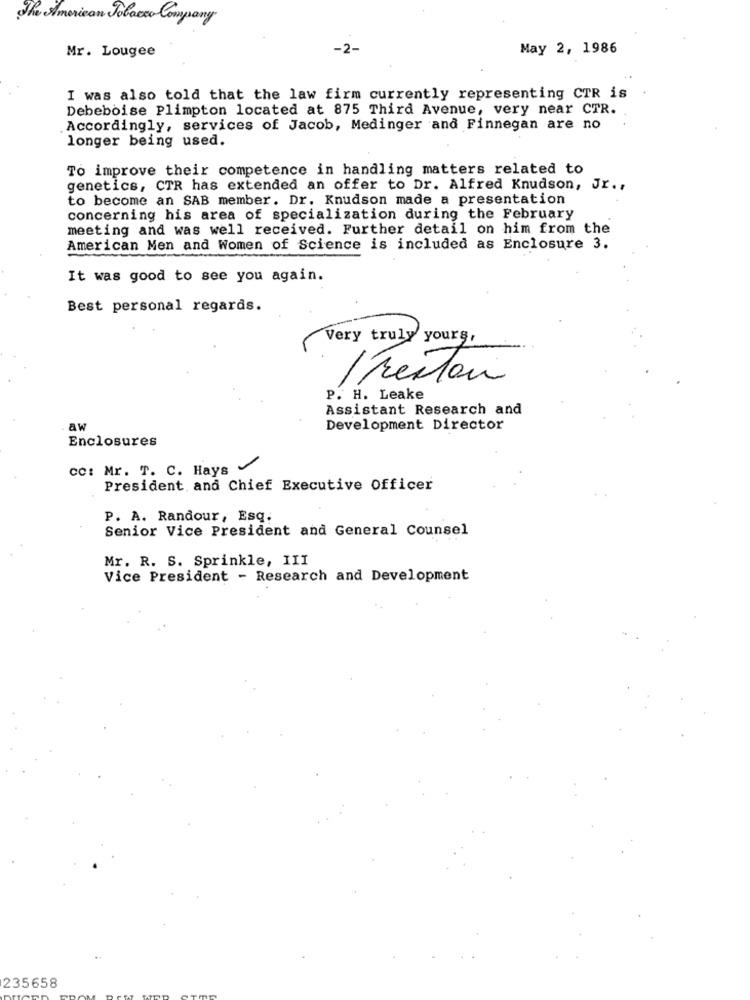
The American Tobacco Company
Mr. Lougee
-2-
May 2, 1986
I was also told that the law firm currently representing CTR is
Debeboise Plimpton located at 875 Third Avenue, very near CTR.
Accordingly, services of Jacob, Medinger and Finnegan are no
longer being used.
To improve their competence in handling matters related to
genetics, CTR has extended an offer to Dr. Alfred Knudson, Jr .,
to become an SAB member. Dr. Knudson made a presentation
concerning his area of specialization during the February
meeting and was well received. Further detail on him from the
American Men and Women of Science is included as Enclosure 3.
It was good to see you again.
Best personal regards.
Very truly yours,
Prestar
P. H. Leake
Assistant Research and
aw
Development Director
Enclosures
cc: Mr. T. C. Hays
President and Chief Executive Officer
P. A. Randour, Esq.
Senior Vice President and General Counsel
Mr. R. S. Sprinkle, III
Vice President - Research and Development
235658